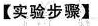
【实验步骤】